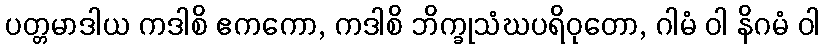
ပတ္တမာဒါယ ကဒါစိ ဧကကော, ကဒါစိ ဘိက္ခုသံဃပရိဝုတော, ဂါမံ ဝါ နိဂမံ ဝါ